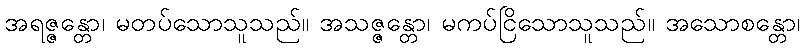
အရဇ္ဇန္တော၊ မတပ်သောသူသည်။ အသဇ္ဇန္တော၊ မကပ်ငြိသောသူသည်။ အသောစန္တော၊